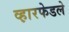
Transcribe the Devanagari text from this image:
व्ह़ारफेडले